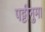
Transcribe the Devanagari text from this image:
पट्टीनुमा